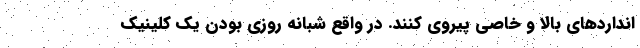
انداردهای بالا و خاصی پیروی کنند. در واقع شبانه روزی بودنِ یک کلینیک